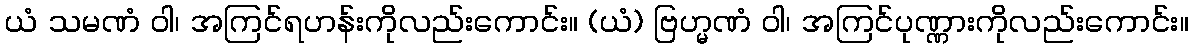
ယံ သမဏံ ဝါ၊ အကြင်ရဟန်းကိုလည်းကောင်း။ (ယံ) ဗြဟ္မဏံ ဝါ၊ အကြင်ပုဏ္ဏားကိုလည်းကောင်း။